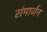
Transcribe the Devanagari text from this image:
संमार्जन